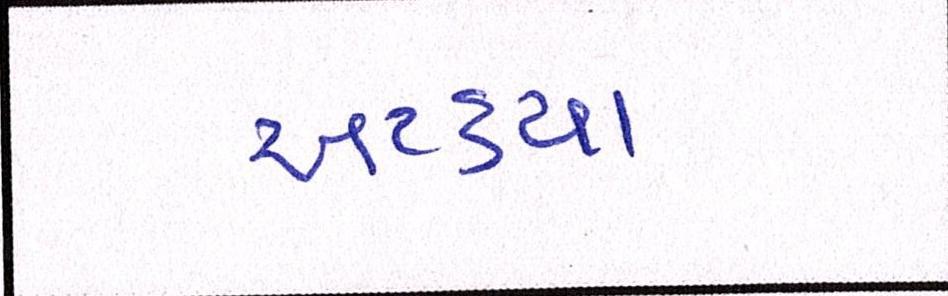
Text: અટક્યા